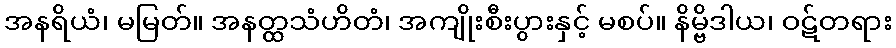
အနရိယံ၊ မမြတ်။ အနတ္ထသံဟိတံ၊ အကျိုးစီးပွားနှင့် မစပ်။ နိမ္ဗိဒါယ၊ ဝဋ်တရား